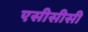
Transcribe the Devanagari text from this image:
एसीसीसी